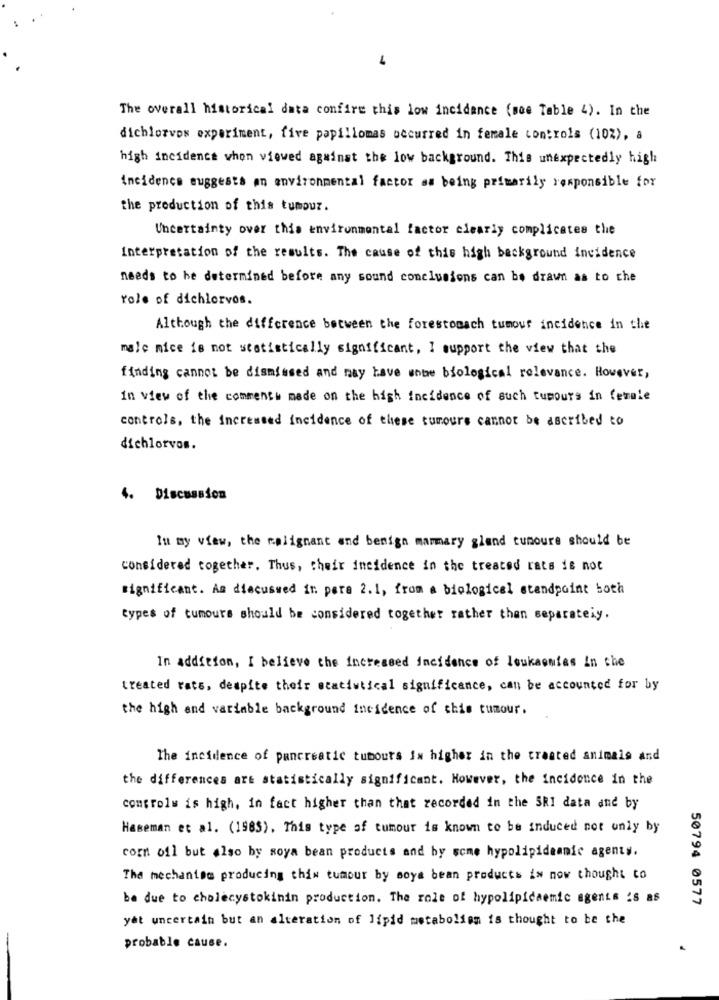
The overall historical data confire this low incidence (soe Table 4). In the
dichlorvos experiment, five papillomas occurred in female controls (10%), a
high incidence when viewed against the low background. This unexpectedly high
incidence suggests on environmental factor as being primarily responsible for
the production of this tumour.
Uncertainty over this environmental factor clearly complicates the
Interpretation of the results. The cause of this high background incidence
needs to be determined before any sound conclusions can be drawn as to che
role of dichlorvos.
Although the difference between the forestomach tumour incidence in the
male nice is not statistically significant, I support the view that the
finding cannot be dismissed and may have wnbe biological relevance. However,
In view of the comments made on the high incidence of such tumours in female
controls, the increased incidence of these tumours cannot be ascribed to
dichlorvos.
4. Discussion
In my view, the malignant and benign mammary glend tumoure should be
considered together. Thus, their incidence in the treated rats is not
significant. As discussed in para 2. 1, from a biological standpoint both
types of tumours should be considered together rather than separateiy.
In addition, I believe the increased incidence of loukaonias in the
treated rats, despite their statistical significance, can be accounted for by
the high and variable background incidence of this tumour.
The incidence of pancreatic tumours IN higher in the treated animals and
the differences art statistically significant. However, the incidence in the
controls is high, in fact higher than that recorded in the SRI data and by
Haseman et al. (1985). This type of tumour is known to be induced not only by
corn ofl but also by soya bean products and by some hypolipideanic agents.
The mechanism producing this tumour by soya bean products is now thought to
be due to cholecystokinin production. The role of hypolipicaemic agents 's as
50794 0577
yet uncertain but an alteration of lipid metabolism is thought to be the
-
probable cause.